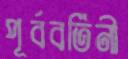
পূর্ববর্তিনী